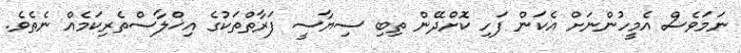
ނަމަވެސް އެމީހުންނަށް އެކަން ފަހި ކޮށްދޭން ތިބި ސިޔާސީ ފަރާތްތަކުގެ އިޚްލާސްތެރިކަމެއް ނެތެވެ.